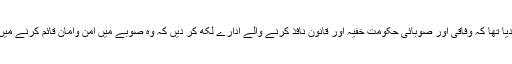
یاد رہے کہ گزشتہ سماعت کے دوران عدالت نے حکم دیا تھا کہ وفاقی اور صوبائی حکومت خفیہ اور قانون نافذ کرنے والے ادارے لکھ کر دیں کہ وہ صوبے میں امن وامان قائم کرنے میں اپنی آئینی ذمہ داریاں پوری کرنے میں ناکام رہے ہیں۔